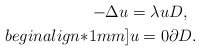
\begin{align*}-\Delta u=\lambda u & D,\\begin{align*}1mm] u = 0 & \partial D.\end{align*}